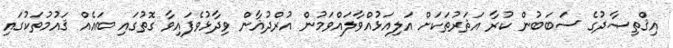
އިޤްތިޞާދުގެ ސަބަބުން ކުރާ އަޘަރުތަކަށް އަލިއަޅުއްވާލައްވަމުން އުރްދުޣާން ވިދާޅުވެފައިވާ ގޮތުގައި ބައެއް ޤައުމުތަކުގައި